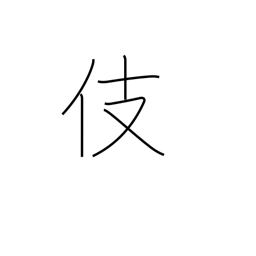
Meaning: skill